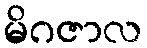
မိဂဇာလ